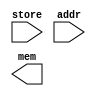
module non_compute_left (store, addr, mem);
  input store;
  input [2:0] addr;

  output [7:0] mem;

  assign mem[addr] = store;
endmodule